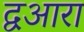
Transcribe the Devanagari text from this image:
द्वआरा